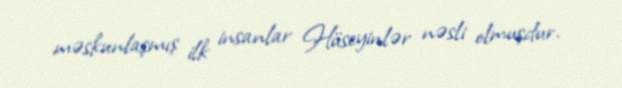
məskunlaşmış ilk insanlar Hüseyinlər nəsli olmuşdur.